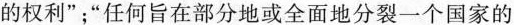
的权利”；”任何旨在部分地或全面地分裂一个国家的